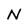
Character: N